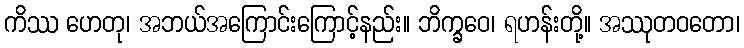
ကိဿ ဟေတု၊ အဘယ်အကြောင်းကြောင့်နည်း။ ဘိက္ခဝေ၊ ရဟန်းတို့။ အဿုတဝတော၊